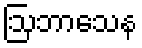
ဩဘာသေန